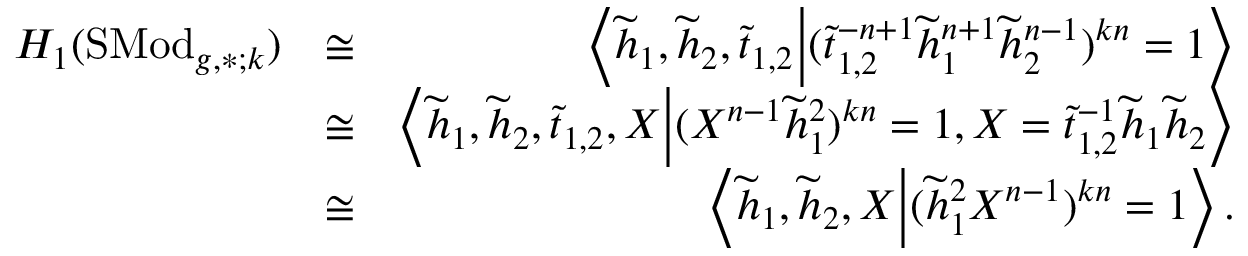
\begin{array} { r l r } { H _ { 1 } ( \mathrm { S M o d } _ { g , \ast ; k } ) } & { \cong } & { \left< \widetilde { h } _ { 1 } , \widetilde { h } _ { 2 } , \widetilde { t } _ { 1 , 2 } \middle | ( \widetilde { t } _ { 1 , 2 } ^ { - n + 1 } \widetilde { h } _ { 1 } ^ { n + 1 } \widetilde { h } _ { 2 } ^ { n - 1 } ) ^ { k n } = 1 \right> } \\ & { \cong } & { \left< \widetilde { h } _ { 1 } , \widetilde { h } _ { 2 } , \widetilde { t } _ { 1 , 2 } , X \middle | ( X ^ { n - 1 } \widetilde { h } _ { 1 } ^ { 2 } ) ^ { k n } = 1 , X = \widetilde { t } _ { 1 , 2 } ^ { - 1 } \widetilde { h } _ { 1 } \widetilde { h } _ { 2 } \right> } \\ & { \cong } & { \left< \widetilde { h } _ { 1 } , \widetilde { h } _ { 2 } , X \middle | ( \widetilde { h } _ { 1 } ^ { 2 } X ^ { n - 1 } ) ^ { k n } = 1 \right> . } \end{array}